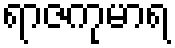
ရာဇကုမာရ